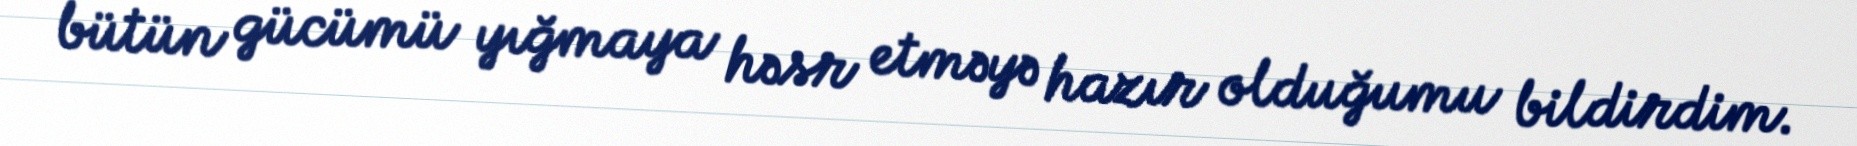
bütün gücümü yığmaya həsr etməyə hazır olduğumu bildirdim.